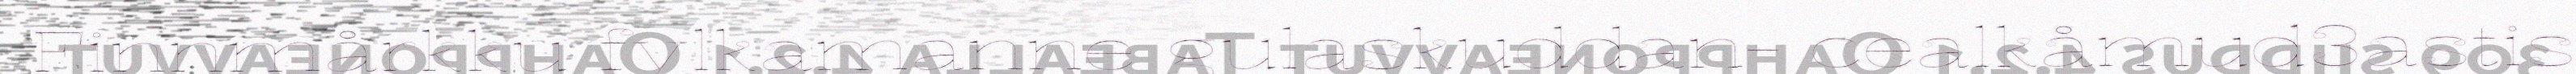
Finnmårkku fylkamanne gulaskuddan- cealkåmud3astis